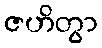
ဇဟိတွာ